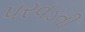
પરવડતી